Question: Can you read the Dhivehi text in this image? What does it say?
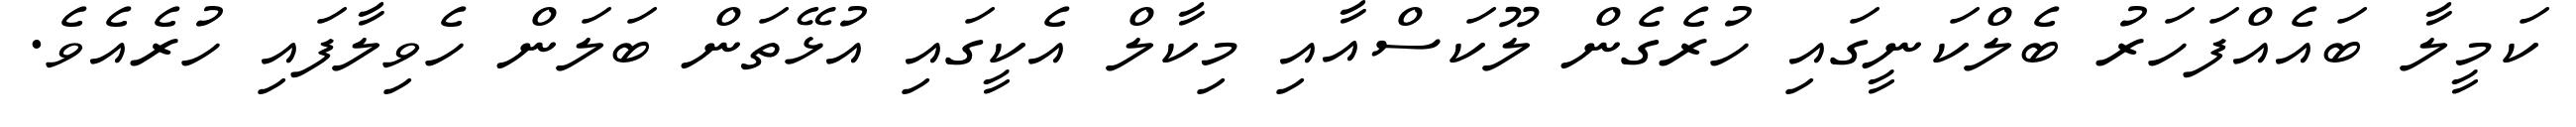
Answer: ކަމީލާ ބައެއްފަހަރު ބެލްކަނީގައި ހުރެގެން ލޫކަސްއާއި މިކާލް އެކީގައި އުޅޭތަން ބަލަން ހެވިލާފައި ހުރެއެވެ.